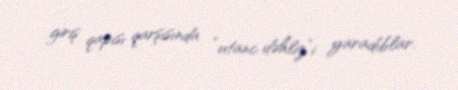
giriş qapısı qarşısında “utanc dəhliz”i yaradıblar.